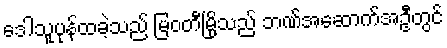
ဒေါသူပုန်ထခဲ့သည် မြဝတီမြို့သည် ဘဏ်အဆောက်အဦတွင်